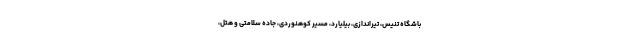
باشگاه تنیس، تیراندازی، بیلیارد، مسیر کوهنوردی، جاده سلامتی و هتل،